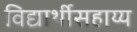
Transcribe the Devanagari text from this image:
विद्यार्थीसहाय्य